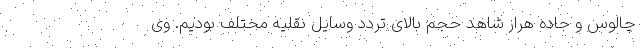
چالوس و جاده هراز شاهد حجم بالای تردد وسایل نقلیه مختلف بودیم. وی